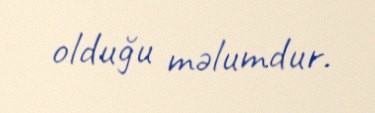
olduğu məlumdur.